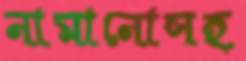
নামানোসহ